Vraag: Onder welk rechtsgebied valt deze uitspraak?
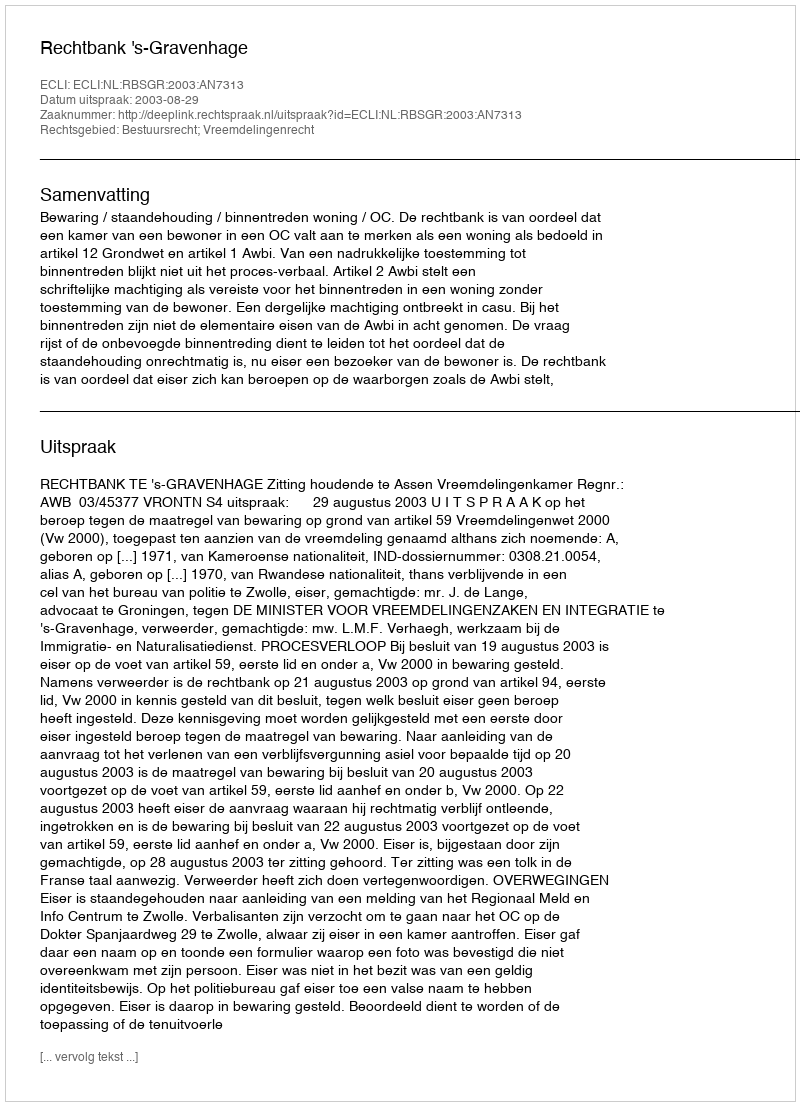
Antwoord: Bestuursrecht; Vreemdelingenrecht